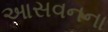
આસવનના